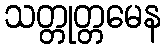
သတ္တုတ္တမေန